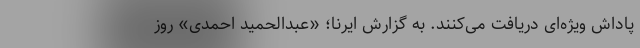
پاداش ویژه‌ای دریافت می‌کنند. به گزارش ایرنا؛ «عبدالحمید احمدی» روز